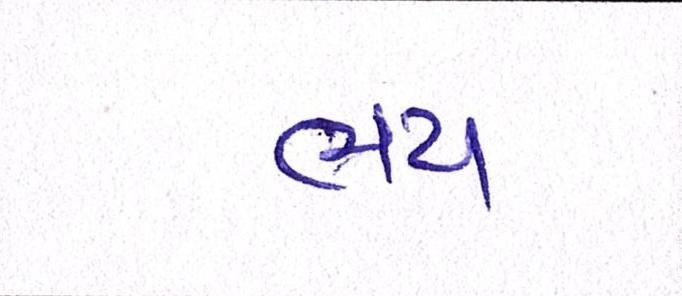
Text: ભય